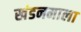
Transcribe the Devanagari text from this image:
खंडनमाला